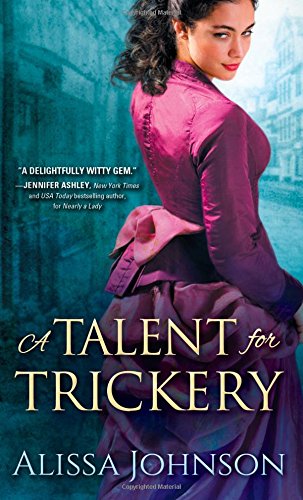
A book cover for A Talent for Trickery (The Thief-takers); Alissa Johnson; Romance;